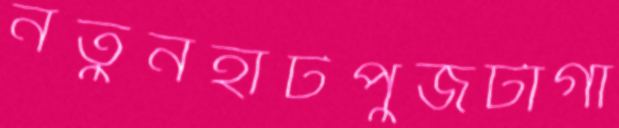
নতুনহাটপুঁজটাগা